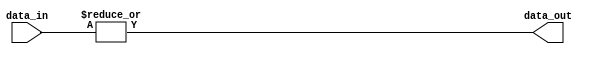
module or_gate_64(input [63:0] data_in, output data_out);

assign data_out = |data_in;

endmodule